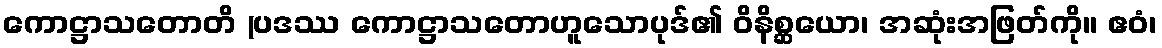
ကောဋ္ဌာသတောတိ (ပဒဿ ကောဋ္ဌာသတောဟူသောပုဒ်၏ ဝိနိစ္ဆယော၊ အဆုံးအဖြတ်ကို။ ဧဝံ၊